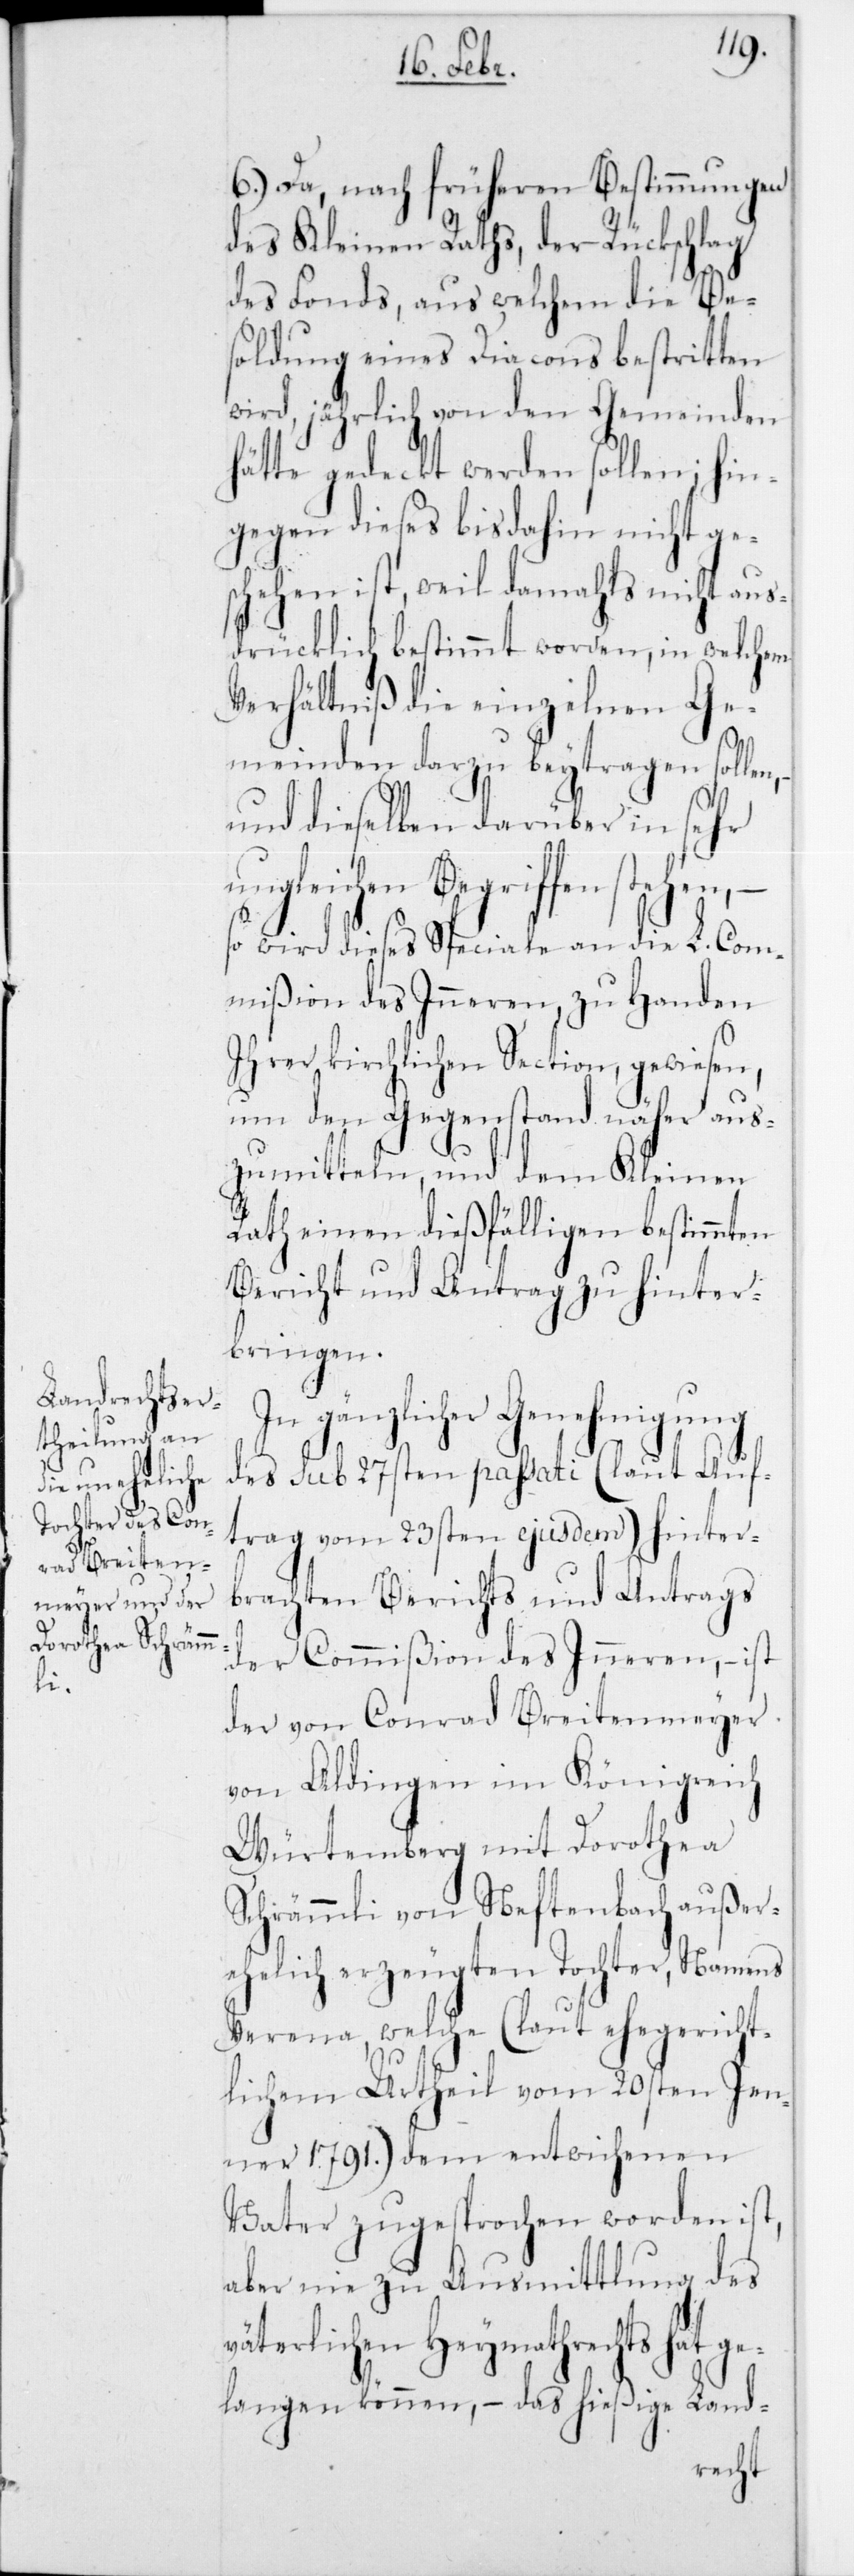
ge¬

6.) Da, nach früheren Bestimmungen
des Kleinen Raths, der Rückschlag
des Fonds, aus welchem die Be¬
soldung eines Diacons bestritten
wird, jährlich von den Gemeinden
hätte gedeckt werden sollen; hin¬
gegen dieses bisdahin nicht ge¬
schehen ist, weil damahls nicht aus¬
drücklich bestimmt worden, in welchem
Verhältniß die einzelnen Ge¬
meinden darzu beytragen sollen,
und dieselben darüber in sehr
ungleichen Begriffen stehen, –
so wird dieses Speciale an die L. Com¬
mißion des Innern, zu Handen
Ihrer kirchlichen Section, gewiesen,
um den Gegenstand näher aus¬
zumitteln, und dem Kleinen
Rath einen dießfälligen bestimmten
Bericht und Antrag zu hinter¬
bringen.
In gänzlicher Genehmigung
des sub 27sten passati (laut Auf¬
trag vom 23sten ejusdem) hinter¬
brachten Berichts und Antrags
der Commißion des Innern, – ist
der von Conrad Breitenmeyer
von Aldingen im Königreich
Würtemberg mit Dorothea
Schrämmli von Neftenbach außer¬
ehelich erzeugten Tochter, Namens
Verena, welche (laut ehegericht¬
lichem Urtheil vom 20sten Jen¬
ner 1791) dem entwichenen
Vater zugesprochen worden ist,
aber nie zu Ausmittlung des
väterlichen Heymathrechts hat
langen können, – das hießige Land-